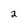
Character: 2